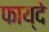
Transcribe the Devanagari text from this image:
फाय्दे